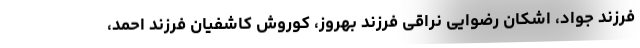
فرزند جواد، اشکان رضوایی نراقی فرزند بهروز، کوروش کاشفیان فرزند احمد،